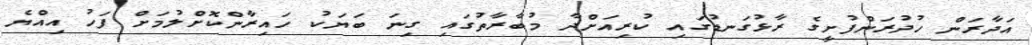
އަދާރަން ހުދުރަންފުށީގެ ރާޅުގަނޑުގައި ކުރިއަށްދާ މުބާރާތުގައި ގިނަ ބަޔަކު ހައިރާންކޮށްލުމަށް ފަހު އިއްޔެ